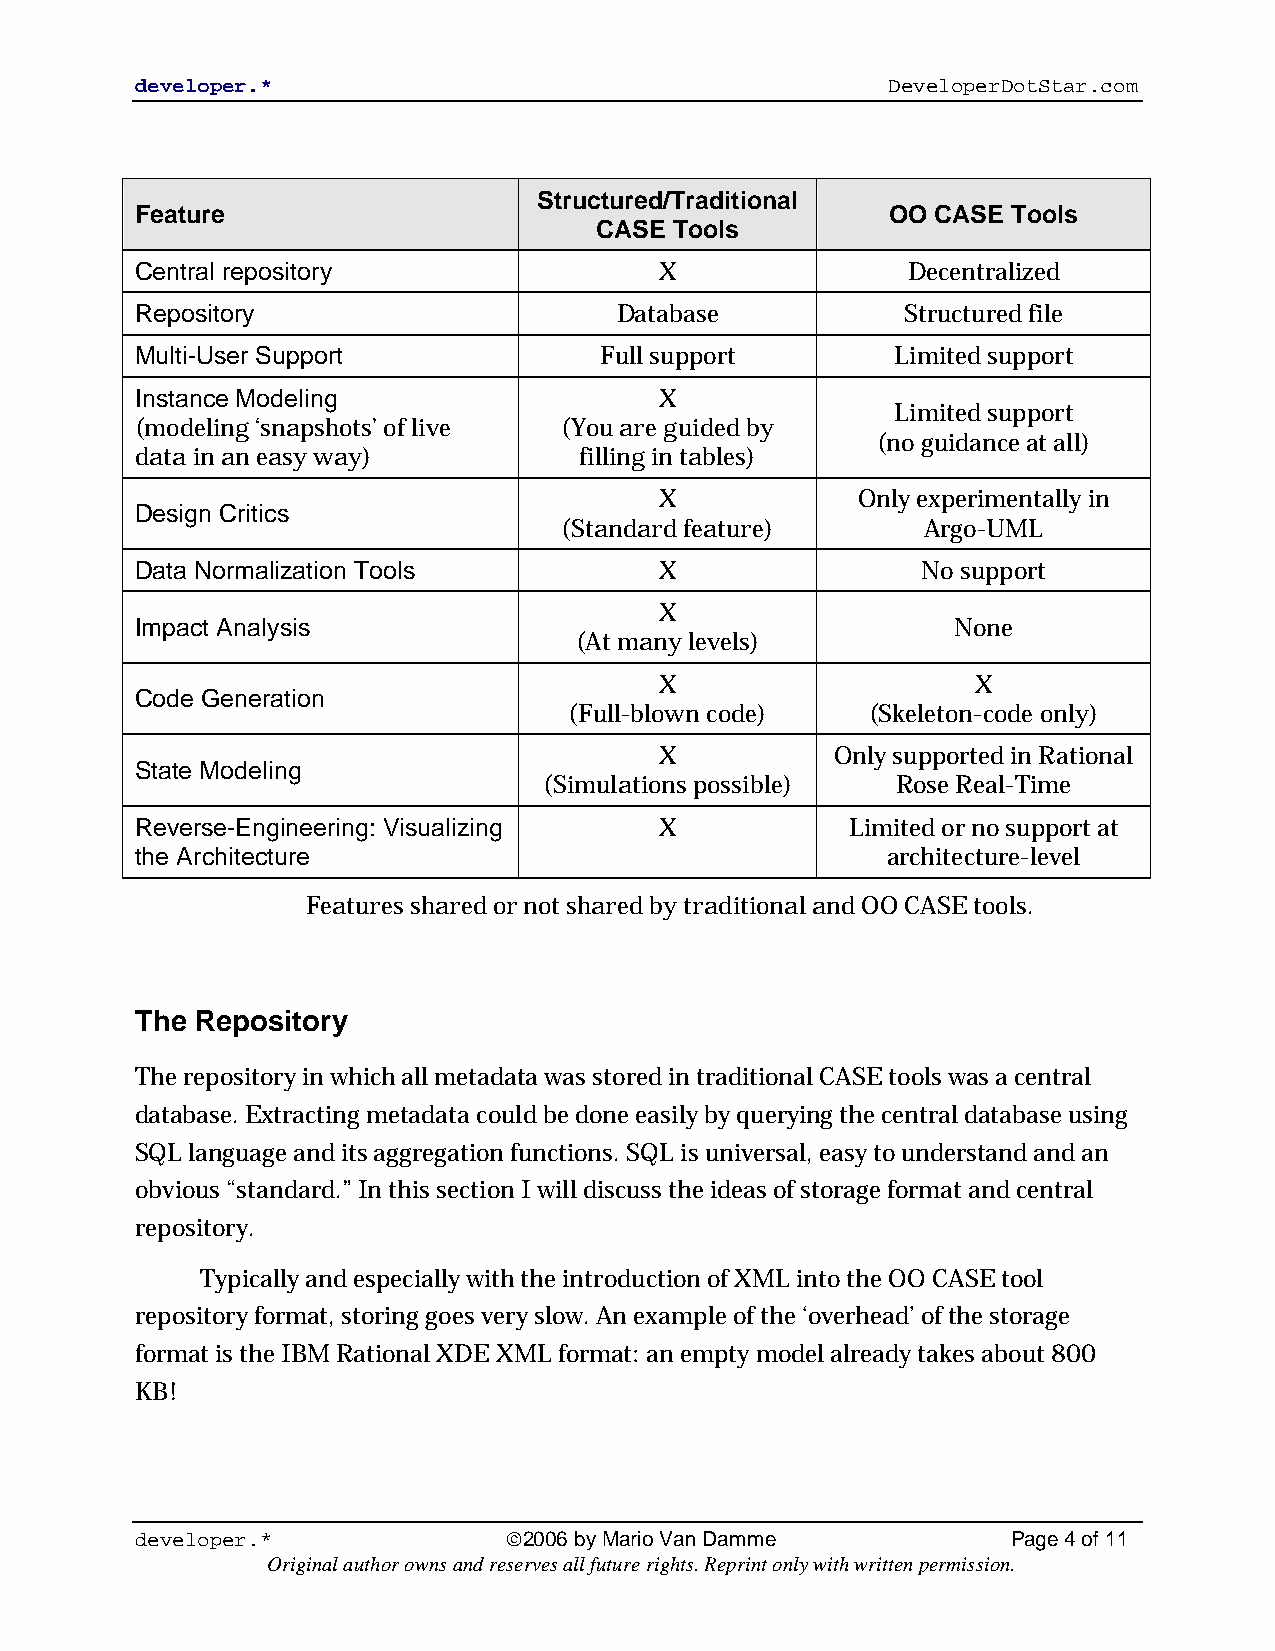
developer.*                                       DeveloperDotStar.com
 Structured/Traditional
 Feature                                           OO CASE Tools
 CASE  Tools
 Central repository                 X               Decentralized
 Repository                      Database           Structured file
 Multi-User Support             Full support       Limited support
 Instance Modeling                  X
 Limited support
 (modeling ‘snapshots’ of live (You are guided by
 (no guidance at all)
 data in an easy way)         filling in tables)
 X            Only experimentally in
 Design Critics
 (Standard feature)      Argo-UML
 Data Normalization Tools           X                No support
 X
 Impact Analysis                                       None
 (At many levels)
 X                    X
 Code Generation
 (Full-blown code)   (Skeleton-code only)
 X          Only supported in Rational
 State Modeling
 (Simulations possible) Rose Real-Time
 Reverse-Engineering: Visualizing   X           Limited or no support at
 the Architecture                                  architecture-level
 Features shared or not shared by traditional and OO CASE tools.
 The Repository
 The repository in which all metadata was stored in traditional CASE tools was a central
 database. Extracting metadata could be done easily by querying the central database using
 SQL language and its aggregation functions. SQL is universal, easy to understand and an
 obvious “standard.” In this section I will discuss the ideas of storage format and central
 repository.
 Typically and especially with the introduction of XML into the OO CASE tool
 repository format, storing goes very slow. An example of the ‘overhead’ of the storage
 format is the IBM Rational XDE XML format: an empty model already takes about 800
 KB!
 developer.*              2006 by Mario Van Damme         Page 4 of 11
 Original author owns and reserves all future rights. Reprint only with written permission.